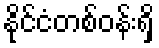
နိုင်ငံတစ်ဝန်းရှိ